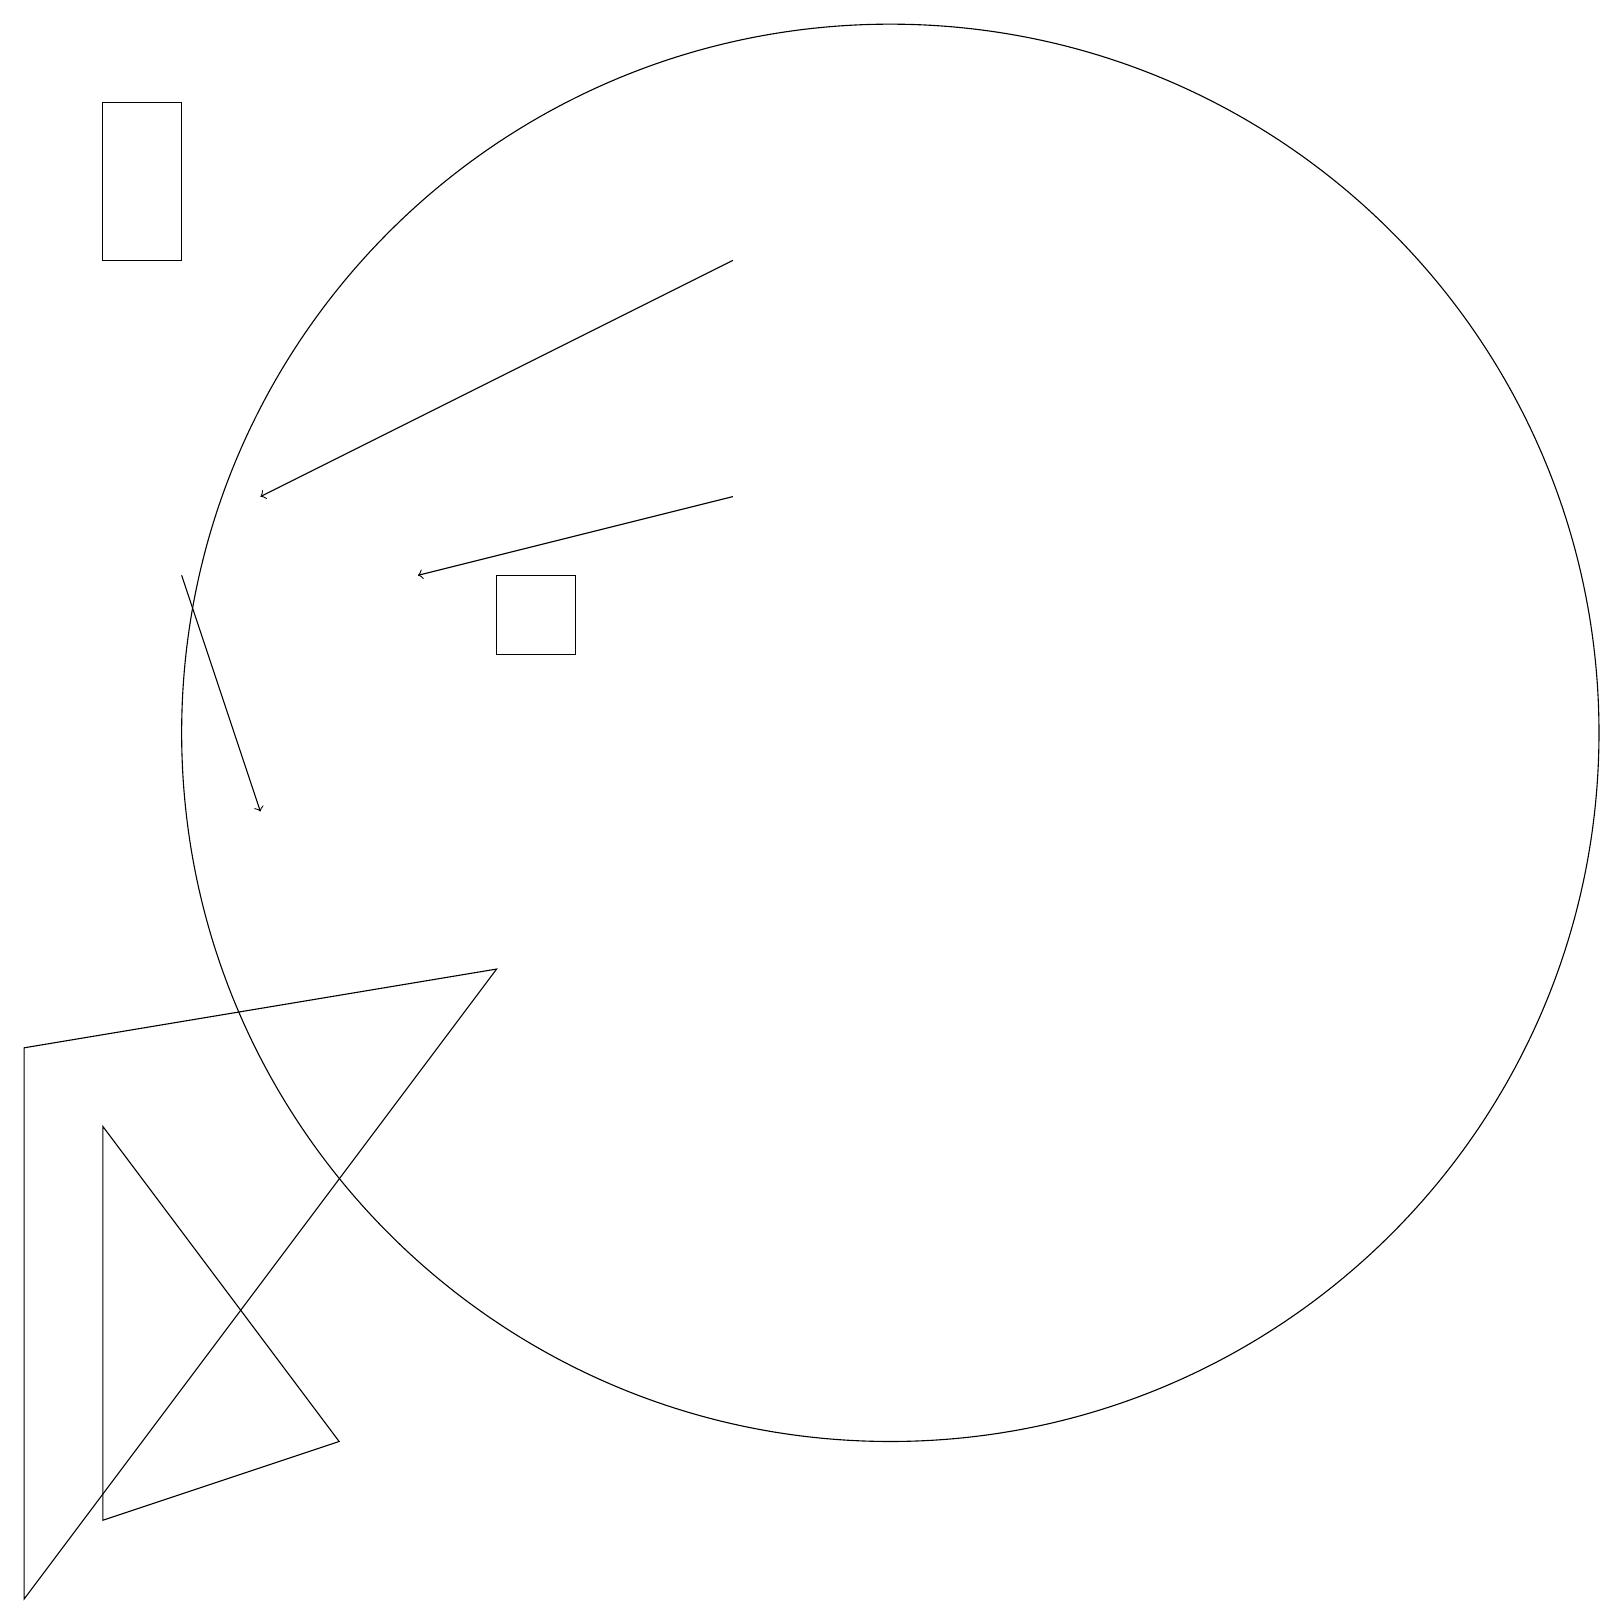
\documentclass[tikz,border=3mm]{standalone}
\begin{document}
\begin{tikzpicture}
\draw[->] (2,13) -- (3,10);
\draw (7,12) rectangle (6,13);
\draw (2,17) rectangle (1,19);
\draw (1,6) -- (1,1) -- (4,2) -- cycle;
\draw[->] (9,14) -- (5,13);
\draw (6,8) -- (0,7) -- (0,0) -- cycle;
\draw[->] (9,17) -- (3,14);
\draw (11,11) circle (9);
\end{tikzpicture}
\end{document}